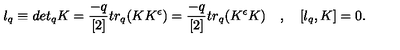
l _ { q } \equiv d e t _ { q } K = \frac { - q } { [ 2 ] } t r _ { q } ( K K ^ { \epsilon } ) = \frac { - q } { [ 2 ] } t r _ { q } ( K ^ { \epsilon } K ) \quad , \quad [ l _ { q } , K ] = 0 .